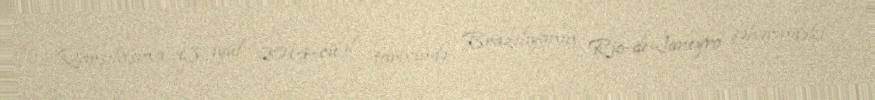
Qarşılaşma 13 iyul 2014-cü il tarixində Braziliyanın Rio-de-Janeyro şəhərindəki